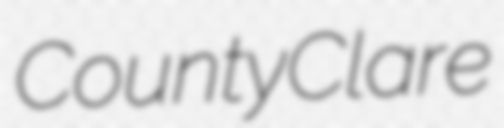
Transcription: County Clare